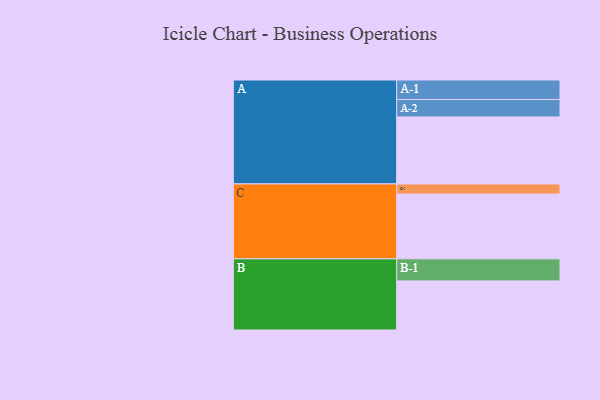
{"axis": {"x": "Segment", "y": "Value"}, "legend": ["", "A", "B", "C"], "data": [{"x": "A", "y": 546, "type": ""}, {"x": "B", "y": 400, "type": ""}, {"x": "C", "y": 528, "type": ""}, {"x": "A-1", "y": 159, "type": "A"}, {"x": "A-2", "y": 142, "type": "A"}, {"x": "B-1", "y": 180, "type": "B"}, {"x": "C-1", "y": 82, "type": "C"}]}